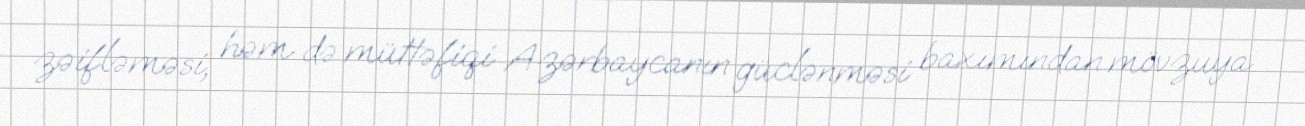
zəifləməsi, həm də müttəfiqi Azərbaycanın güclənməsi baxımından mövzuya